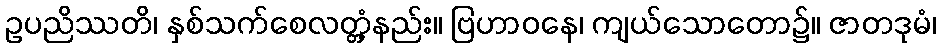
ဥပညိဿတိ၊ နှစ်သက်စေလတ္တံ့နည်း။ ဗြဟာဝနေ၊ ကျယ်သောတော၌။ ဇာတဒုမံ၊